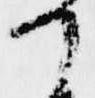
て